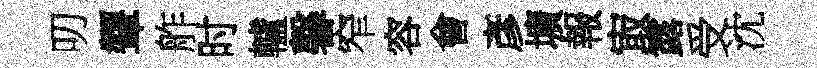
叨顰舴时轤馨窄容會彥壙報㝡露受沈